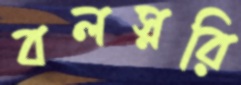
বলস্নরি